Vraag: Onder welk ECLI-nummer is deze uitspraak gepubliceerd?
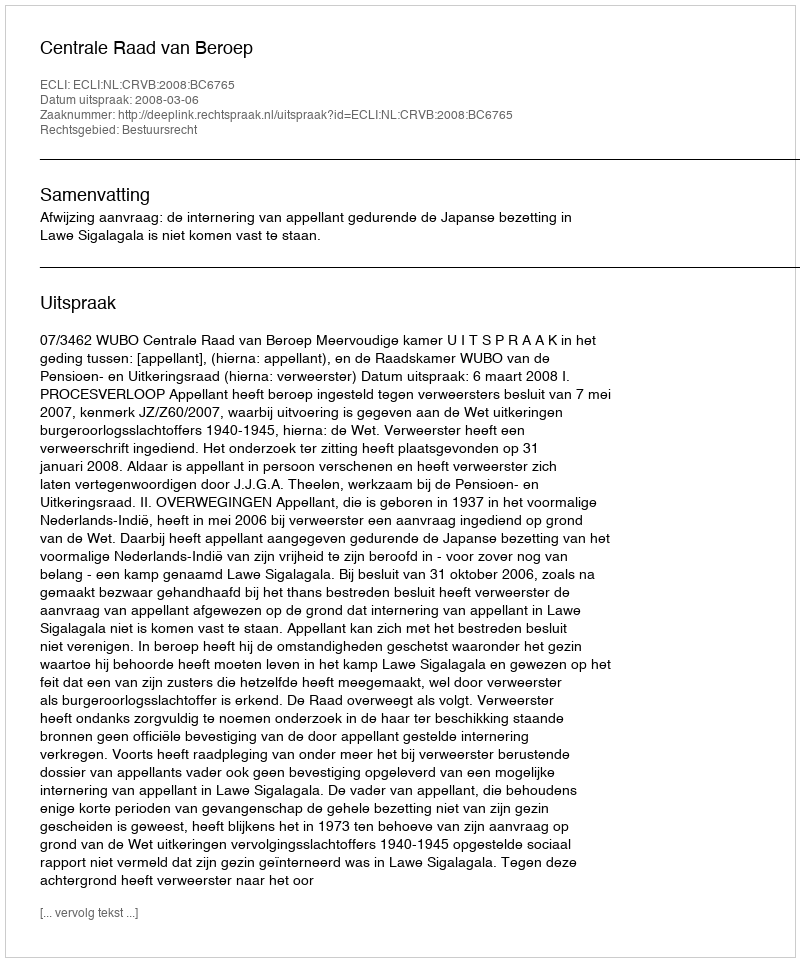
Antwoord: ECLI:NL:CRVB:2008:BC6765